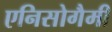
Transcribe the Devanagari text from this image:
एनिसोगैमी